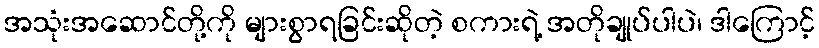
အသုံးအဆောင်တို့ကို များစွာရခြင်းဆိုတဲ့ စကားရဲ့ အတိုချုပ်ပါပဲ၊ ဒါကြောင့်